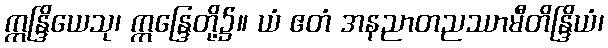
ဣန္ဒြိယေသု၊ ဣန္ဒြေတို့၌။ ယံ ဧတံ အနညာတညဿာမီတိန္ဒြိယံ၊